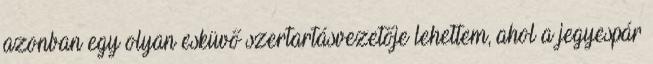
azonban egy olyan esküvő szertartásvezetője lehettem, ahol a jegyespár